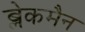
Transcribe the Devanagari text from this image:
ब्लेकमैन